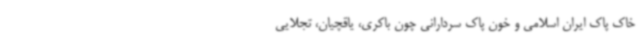
خاک پاک ایران اسلامی و خون پاک سردارانی چون باکری، یاقچیان، تجلایی